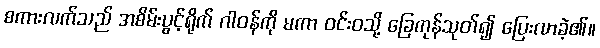
စကားလက်သည် အစိမ်းပွင့်ရိုက် ဂါဝန်ကို မကာ ဝင်းဝသို့ ခြေကုန်သုတ်၍ ပြေးလာခဲ့၏။